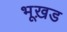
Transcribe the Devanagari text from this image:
भूख़ड